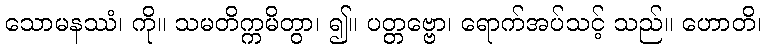
သောမနဿံ၊ ကို။ သမတိက္ကမိတွာ၊ ၍။ ပတ္တဗ္ဗော၊ ရောက်အပ်သင့် သည်။ ဟောတိ၊